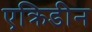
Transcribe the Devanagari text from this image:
एक्रिडीन